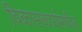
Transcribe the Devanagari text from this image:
विकासकार्यामधील